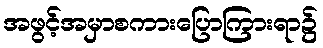
အဖွင့်အမှာစကားပြောကြားရာ၌